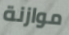
موازنة